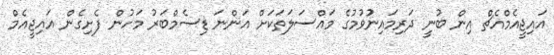
އައިޖީއެމްއެޗް އިން ބުނީ ދަރިމައިނުުވުމުގެ މައްސަލަތަކަށް އަންނަ ޑިސެމްބަރު މަހުން ފެށިގެން އައިޖީއެމް